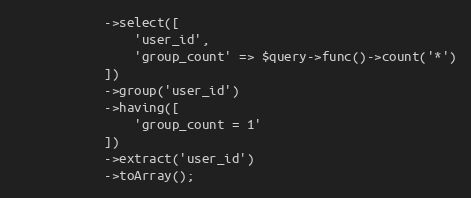
Language: PHP
            ->select([
                'user_id',
                'group_count' => $query->func()->count('*')
            ])
            ->group('user_id')
            ->having([
                'group_count = 1'
            ])
            ->extract('user_id')
            ->toArray();